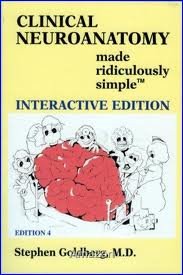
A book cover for Clinical Neuroanatomy Made Ridiculously Simple 4th (forth) edition; Stephen Goldberg; Medical Books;